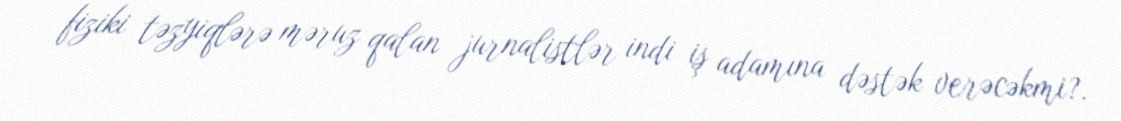
fiziki təzyiqlərə məruz qalan jurnalistlər indi iş adamına dəstək verəcəkmi?.